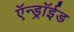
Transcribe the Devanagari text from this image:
ऍन्ड्रॉईड